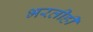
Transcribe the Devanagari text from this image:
भरतीही